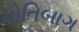
મોતિબાગ